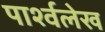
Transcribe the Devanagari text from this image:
पार्श्वलेख